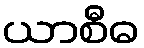
ယာစီဓ